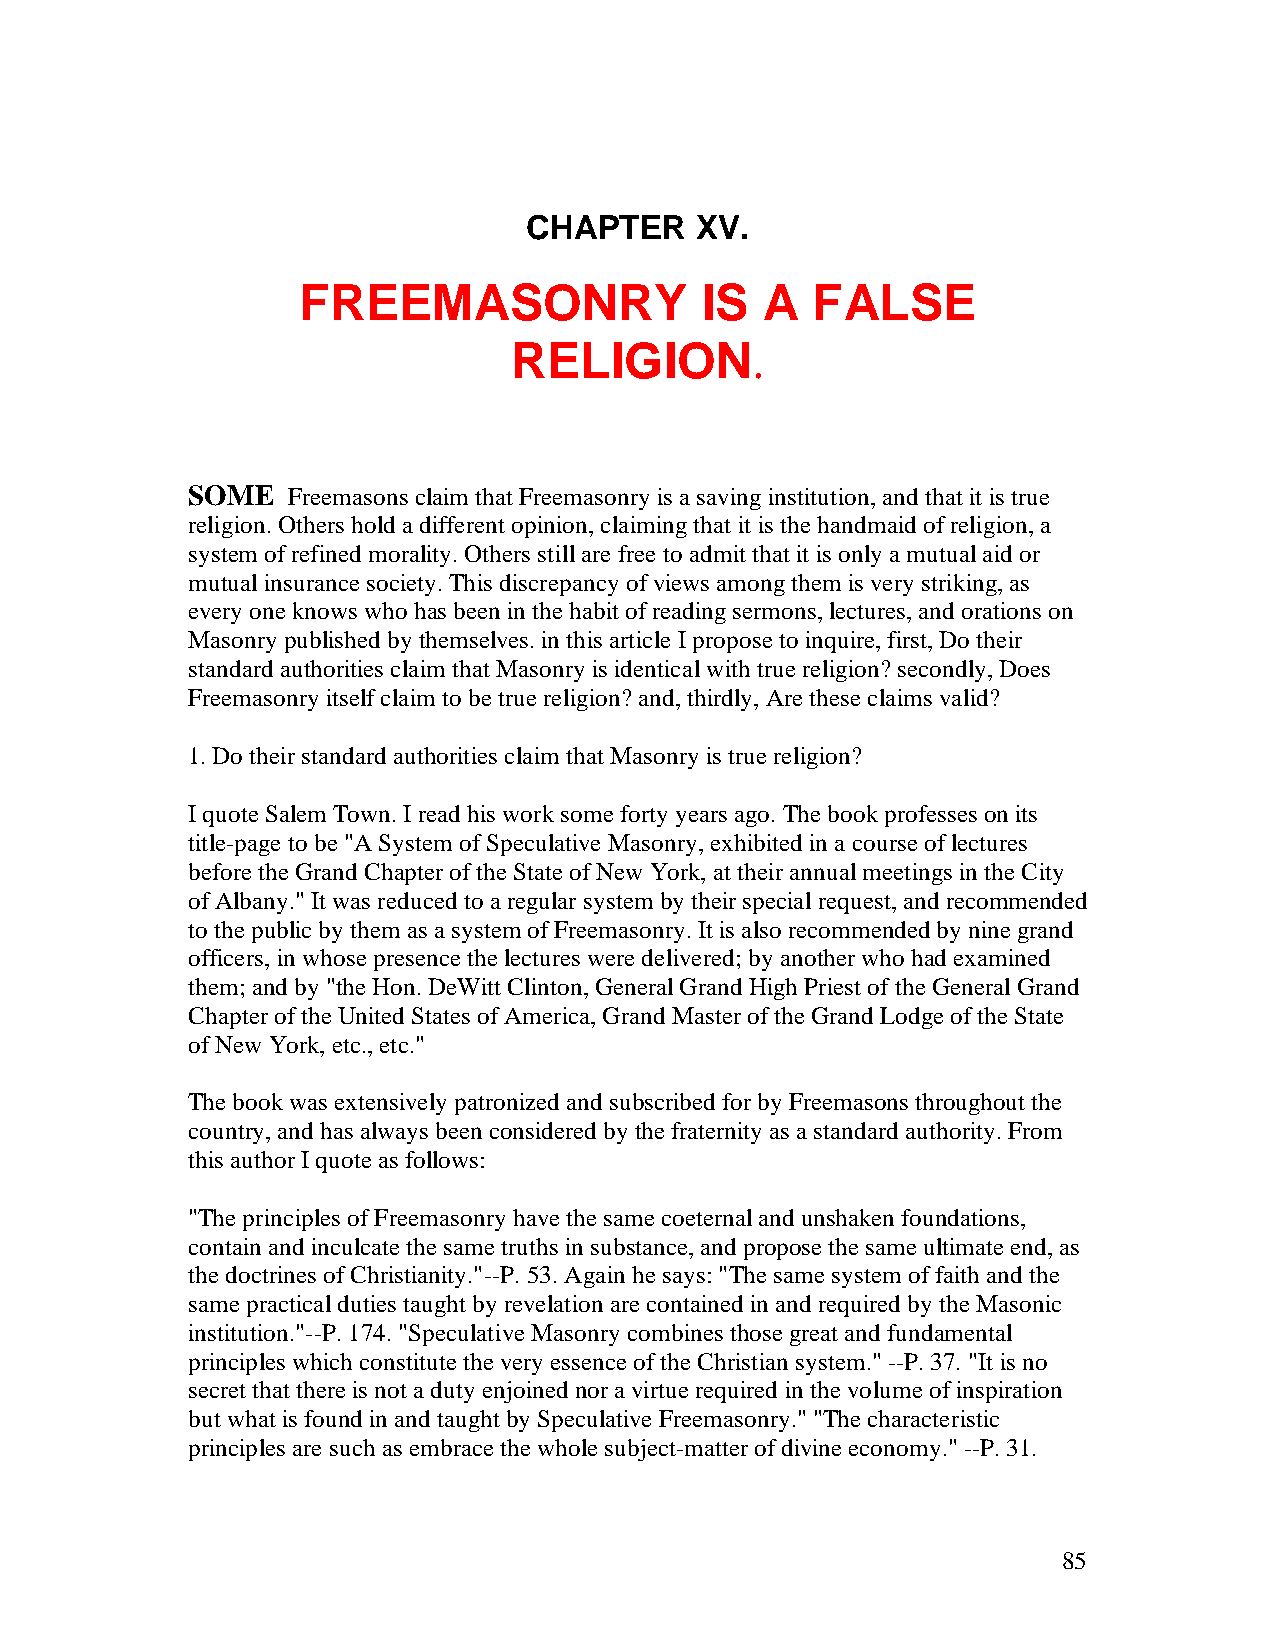
CHAPTER    XV.
 FREEMASONRY               IS   A  FALSE
 RELIGION.
 SOME   Freemasons claim that Freemasonry is a saving institution, and that it is true
 religion. Others hold a different opinion, claiming that it is the handmaid of religion, a
 system of refined morality. Others still are free to admit that it is only a mutual aid or
 mutual insurance society. This discrepancy of views among them is very striking, as
 every one knows who has been in the habit of reading sermons, lectures, and orations on
 Masonry published by themselves. in this article I propose to inquire, first, Do their
 standard authorities claim that Masonry is identical with true religion? secondly, Does
 Freemasonry itself claim to be true religion? and, thirdly, Are these claims valid?
 1. Do their standard authorities claim that Masonry is true religion?
 I quote Salem Town. I read his work some forty years ago. The book professes on its
 title-page to be "A System of Speculative Masonry, exhibited in a course of lectures
 before the Grand Chapter of the State of New York, at their annual meetings in the City
 of Albany." It was reduced to a regular system by their special request, and recommended
 to the public by them as a system of Freemasonry. It is also recommended by nine grand
 officers, in whose presence the lectures were delivered; by another who had examined
 them; and by "the Hon. DeWitt Clinton, General Grand High Priest of the General Grand
 Chapter of the United States of America, Grand Master of the Grand Lodge of the State
 of New York, etc., etc."
 The book was extensively patronized and subscribed for by Freemasons throughout the
 country, and has always been considered by the fraternity as a standard authority. From
 this author I quote as follows:
 "The principles of Freemasonry have the same coeternal and unshaken foundations,
 contain and inculcate the same truths in substance, and propose the same ultimate end, as
 the doctrines of Christianity."--P. 53. Again he says: "The same system of faith and the
 same practical duties taught by revelation are contained in and required by the Masonic
 institution."--P. 174. "Speculative Masonry combines those great and fundamental
 principles which constitute the very essence of the Christian system." --P. 37. "It is no
 secret that there is not a duty enjoined nor a virtue required in the volume of inspiration
 but what is found in and taught by Speculative Freemasonry." "The characteristic
 principles are such as embrace the whole subject-matter of divine economy." --P. 31.
 85